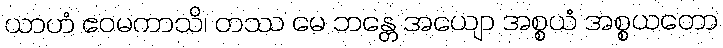
ယာဟံ ဧဝမကာသိ၊ တဿ မေ ဘန္တေ အယျော အစ္စယံ အစ္စယတော